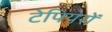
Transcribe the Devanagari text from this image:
टेपियरों